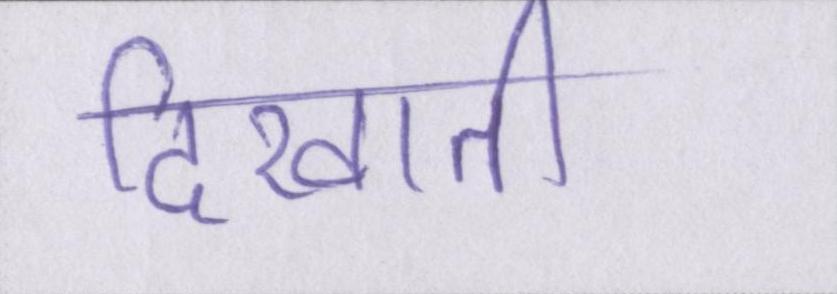
दिखाती